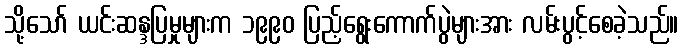
သို့သော် ယင်းဆန္ဒပြမှုများက ၁၉၉၀ ပြည့်ရွေးကောက်ပွဲများအား လမ်းပွင့်စေခဲ့သည်။